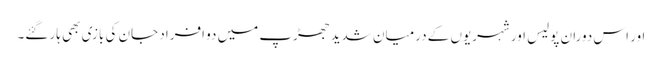
اور اس دوران پولیس اور شہریوں کے درمیان شدید جھڑپ میں دو افراد جان کی بازی بھی ہار گئے۔